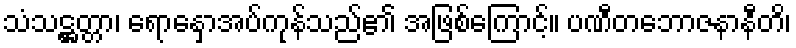
သံသဋ္ဌတ္တာ၊ ရောနှောအပ်ကုန်သည်၏ အဖြစ်ကြောင့်။ ပဏီတဘောဇနာနီတိ၊